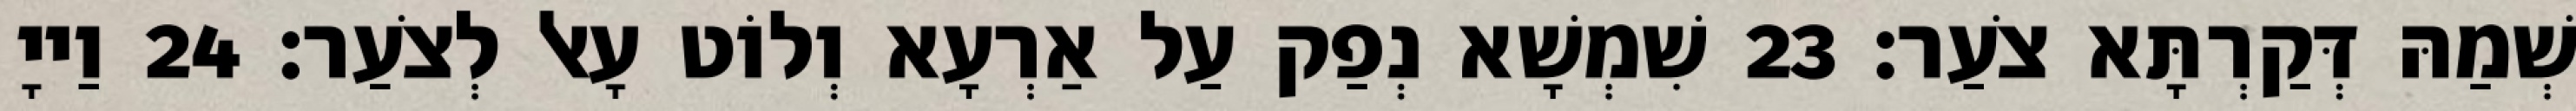
שְׁמַהּ דְּקַרְתָּא צֹעַר׃ 23 שִׁמְשָׁא נְפַק עַל אַרְעָא וְלוֹט עָאל לְצֹעַר׃ 24 וַייָ